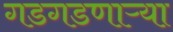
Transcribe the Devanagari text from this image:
गडगडणाऱ्या